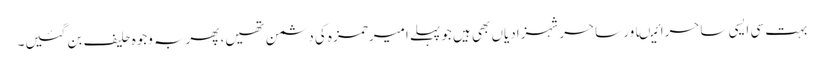
بہت سی ایسی ساحرائیںاور ساحرشہزادیاں بھی ہیں جوپہلے امیرحمزہ کی دشمن تھیں، پھربہ وجوہ حلیف بن گئیں۔